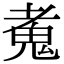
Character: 𩲘